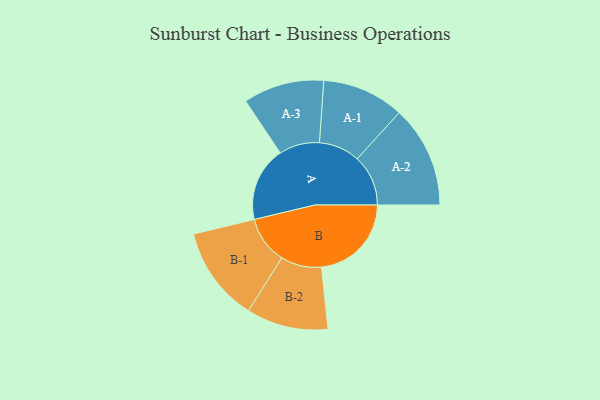
{"axis": {"x": "Segment", "y": "Value"}, "legend": ["", "A", "B"], "data": [{"x": "A", "y": 389, "type": ""}, {"x": "B", "y": 469, "type": ""}, {"x": "A-1", "y": 214, "type": "A"}, {"x": "A-2", "y": 266, "type": "A"}, {"x": "A-3", "y": 211, "type": "A"}, {"x": "B-1", "y": 248, "type": "B"}, {"x": "B-2", "y": 213, "type": "B"}]}